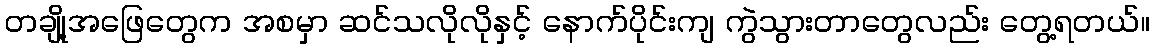
တချို့အဖြေတွေက အစမှာ ဆင်သလိုလိုနှင့် နောက်ပိုင်းကျ ကွဲသွားတာတွေလည်း တွေ့ရတယ်။